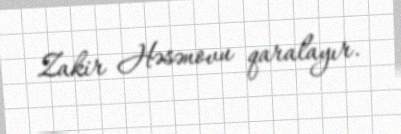
Zakir Həsənovu qaralayır.